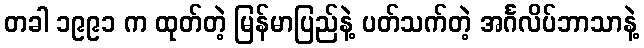
တခါ ၁၉၉၁ က ထုတ်တဲ့ မြန်မာပြည်နဲ့ ပတ်သက်တဲ့ အင်္ဂလိပ်ဘာသာနဲ့